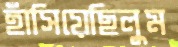
হাঁসিয়েছিলুম